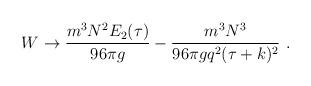
LaTeX: \begin{align*}W \to {m^3N^2E_2(\tau)\over 96 \pi g}- {m^3N^3\over 96\pi g q^2(\tau+k)^2} \ .\end{align*}